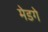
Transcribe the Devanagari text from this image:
मेडगे